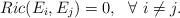
LaTeX: \begin{align*}Ric(E_i,E_j)=0, \ \ \forall \ i\neq j.\end{align*}